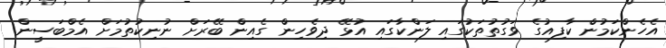
އެހެންކަމުން ކާފިއުގެ ވަގުތުތަކުގައި ލަންކާގައި އުޅޭ ދިވެހިން ގެއިން ބޭރަށް ނުނިކުތުމަށް އެމްބަސީން